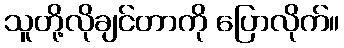
သူတို့လိုချင်တာကို ပြောလိုက်။